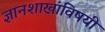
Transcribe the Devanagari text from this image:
ज्ञानशाखांविषयी